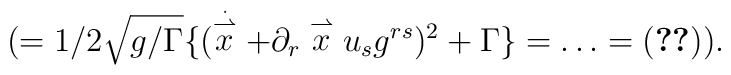
(=1/2 \sqrt {g/\Gamma} \{ (\stackrel {\stackrel{\cdot}{\rightharpoonup}}{x}+ \partial_{r} \stackrel {\rightharpoonup}{x} u_{s} g^{rs})^{2} + \Gamma\}=\ldots=(\ref{c7})).